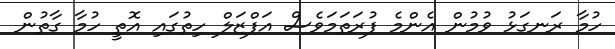
ހުމާ ރަނގަޅު ވުމުން އެންމެ ފުރަތަމަވެސް އަފްޒަލް ހިތުގައި އޮތީ ހުމާ ގާތުން